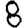
Digit: 8